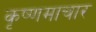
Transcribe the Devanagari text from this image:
कृष्णमाचार